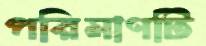
পরিমাণটি